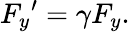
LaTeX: {F_{y}}^{\prime}=\gamma F_{y}.